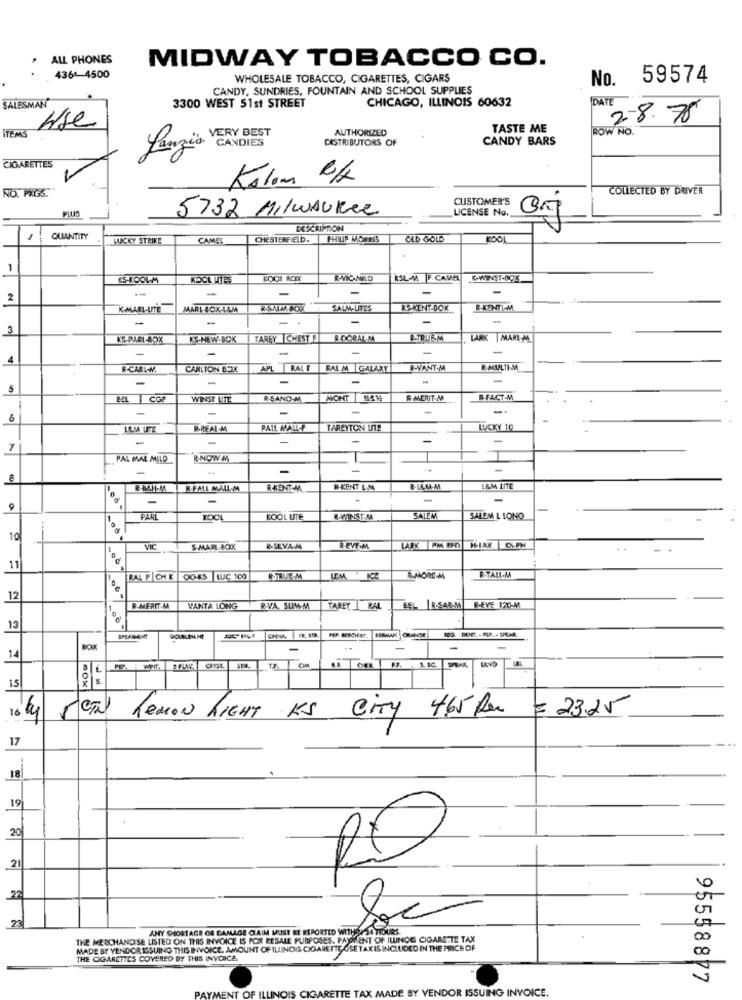
ALL PHONES
MIDWAY TOBACCO CO.
4361-4500
WHOLESALE TOBACCO, CIGARETTES, CIGARS
No. 59574
CANDY, SUNDRIES, FOUNTAIN AND SCHOOL SUPPLIES
SALESMAN
CHICAGO, ILLINOIS 60632
DATE
3300 WEST 51st STREET
Use
2-8.75
VERY BEST
AUTHORIZED
TASTE ME
ROW NO.
DISTRIBUTORS OF
CANDY BARS
CIGARETTES
NO. PKGS.
Kolom R/
COLLECTED BY DRIVER
CUSTOMER'S
.
PLUS
5732 Milwaukee
LICENSE No.
DESCRIPTION
QUANTITY
LUCKY STRIKE
CAMEL
CHESTERFIELD.
PHILIP MORRIS
OLD GOLD
1
CS-KOOLM
KOOL UTES
KSL-M F.CAMEL
K-WINST-BOK
-
-
-
2
K-MARI-UTE
MARI-LOXA&M
RSAIM BOX
SALM-LITES
KS-KENT-BOK
R-KONTI-M
-
-
3
-
KS PARI-BOX
KS-NEW.BOK
TAREYICHEST E
R.DORAL,MA
B-TRUISM
LARK MARIM
A
R-CARL-M.
CARLTON BOIX
APL RALF
RAL M GALAXY
F-VANT.M
R-MULTI-M
-
-
5
EL CGP
WINST LITE
RSANDM
MONT MSM
R-MERIT.M
R-FACT-M.
-
-
-
-
-
LAMA UITE
R-REALM
PALL MALL-P
TAREYTON UT!
LUCKY 10
-
-
-
7
PAL BRAL MELD
R-NOW M
-
-
R-B&H-M
R.FALL MALL.M
RKENT-M.
R-KENT L.M
B-IAM-M
LAM LITE
-
-
-
PARL
KOOL UTE
R-WINST.MA
SALEM
SALEM LIONO
10
VIC
S.MAFL-BOX
R.SILVA-M
REVE-M
LAPK PM CHO
HIAK C.H
11
R.TALL.M
RAL F CHE |OG-ES WC 100
R-TRUE.M
R-MORE-M
12
B-MERIT.M.
VANTA LONG
R-VA. SLIM-M
TAREY I RAL
ESL R-SAR.M]
R.EVE 120-M
13
BERMAN ORANGE
SPEARMINT
BOX
-
-
-
14
LAND
15
16
CIN REMON LIGHT KS City 465 Rx = 23.25
17
18
19
20
21
X
1
22
ANY SHORTAGE OR DAMAGE CLAIM WUST ET REPORTED WITHERS. SOLES
THE MERCHANDISE LISTED ON THIS INVOICE IS FOR RESALE PURPOSES. PAYMENT OF ILUNOG CIGARETTE TAX
MADE BY VENDOR ISSUING THIS INVOICE. AMOUNT OF ILLINOIS CIGARETTE OSE TAX IS INCLUDED IN THE PRICE OF
THE OGARETTES COVERED BY THIS INVOICE.
95558877
TTE TAX MADE BY VENDOR ISSUING INVOICE.